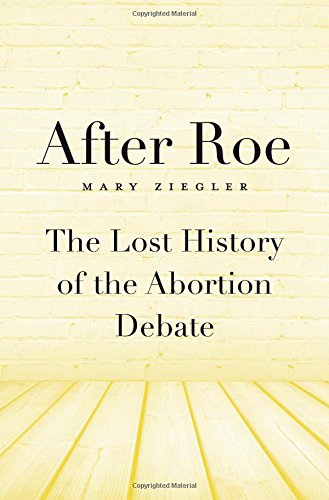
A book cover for After Roe: The Lost History of the Abortion Debate; Mary Ziegler; Law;